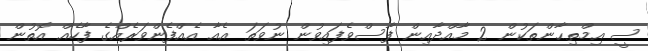
ސީ އިމްތިޙާންތަކުން 2 މާއްދާއިން ފާސްވެފައިވުން ނުވަތަ އެއާ އެއްފެންވަރެއްގެ ފާހެއް އޮތުން